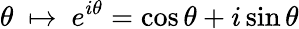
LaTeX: \theta\ \mapsto\ e^{i\theta}=\cos\theta+i\sin\theta